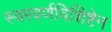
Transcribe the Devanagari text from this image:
स्वरवर्णविशिष्टेन